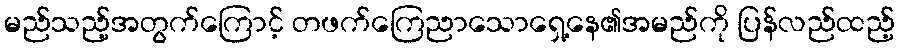
မည်သည့်အတွက်ကြောင့် တဖက်ကြေညာသောရှေ့နေ၏အမည်ကို ပြန်လည်ထည့်